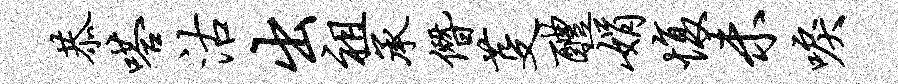
恭嗒沽出祖承僭芟醴娟愎未唳